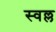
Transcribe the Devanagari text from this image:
स्वल्ल